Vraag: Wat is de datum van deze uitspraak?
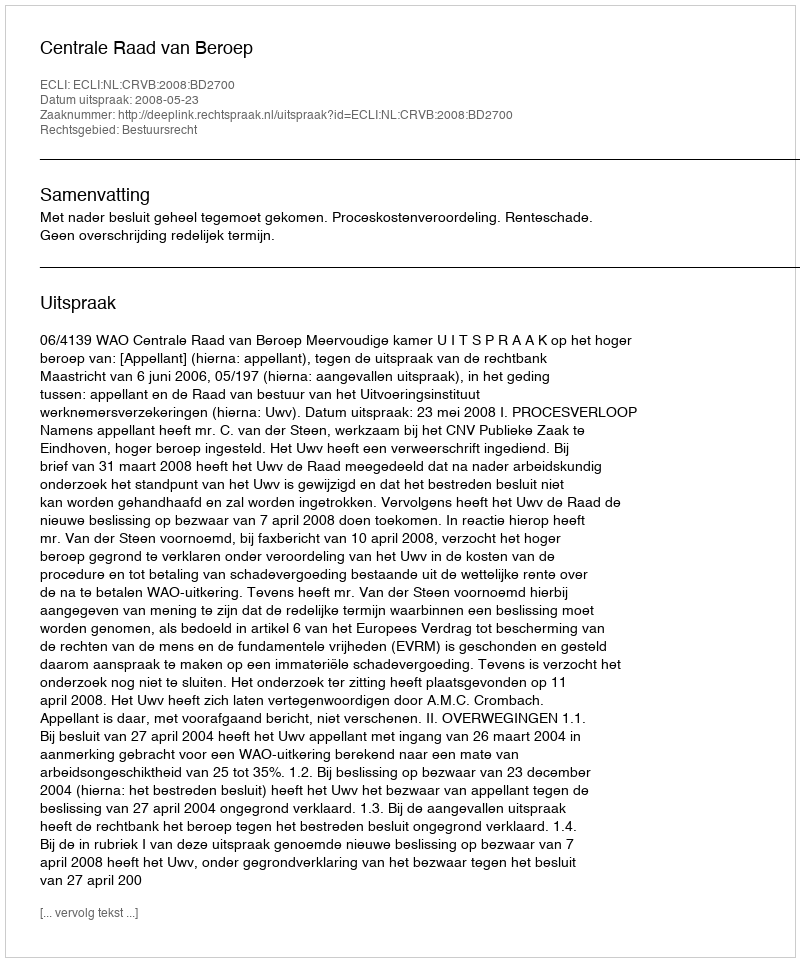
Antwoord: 2008-05-23